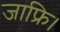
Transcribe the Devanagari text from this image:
जाफ्रि।